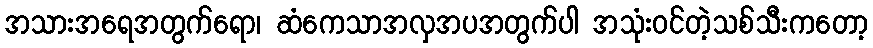
အသားအရေအတွက်ရော၊ ဆံကေသာအလှအပအတွက်ပါ အသုံးဝင်တဲ့သစ်သီးကတော့